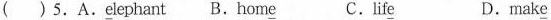
( ) 5.A.\underline{e}lephant B.hom\underline{e} C.lif\underline{e} D.mak\underline{e}